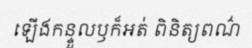
ឡើងកន្ទួលឫក៏អត់ ពិនិត្យពណ៌